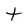
Character: t